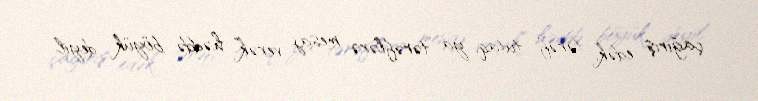
çağırış edək, tərəf tutaq, ya tərəflərə mesaj verək” həddə böyük deyil.